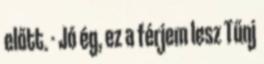
előtt. - Jó ég, ez a férjem lesz Tűnj